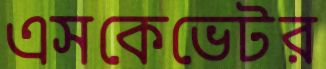
এসকেভেটর